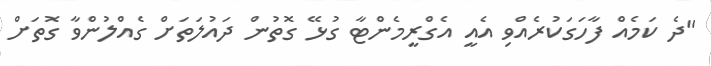
"ދެ ކަމެއް ފާހަގަކުރެއްވި އެއީ އެގްރީމެންޓާ ގުޅޭ ގޮތުން ދައުލަތަށް ގެއްލުންވާ ގޮތަށް